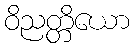
ဝိညတ္တိယော